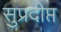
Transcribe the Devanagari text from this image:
सुप्रदीप्त